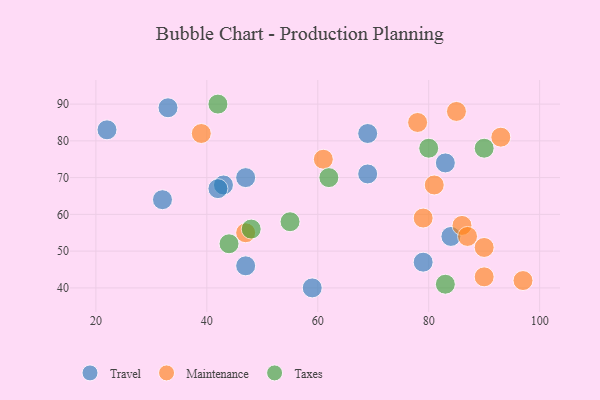
{"axis": {"x": "GDP", "y": "Life Expectancy"}, "legend": ["Maintenance", "Taxes", "Travel"], "data": [{"x": "33", "y": 89, "type": "Travel"}, {"x": "69", "y": 82, "type": "Travel"}, {"x": "43", "y": 68, "type": "Travel"}, {"x": "84", "y": 54, "type": "Travel"}, {"x": "42", "y": 67, "type": "Travel"}, {"x": "32", "y": 64, "type": "Travel"}, {"x": "79", "y": 47, "type": "Travel"}, {"x": "47", "y": 46, "type": "Travel"}, {"x": "47", "y": 70, "type": "Travel"}, {"x": "22", "y": 83, "type": "Travel"}, {"x": "83", "y": 74, "type": "Travel"}, {"x": "59", "y": 40, "type": "Travel"}, {"x": "69", "y": 71, "type": "Travel"}, {"x": "97", "y": 42, "type": "Maintenance"}, {"x": "47", "y": 55, "type": "Maintenance"}, {"x": "86", "y": 57, "type": "Maintenance"}, {"x": "81", "y": 68, "type": "Maintenance"}, {"x": "93", "y": 81, "type": "Maintenance"}, {"x": "78", "y": 85, "type": "Maintenance"}, {"x": "79", "y": 59, "type": "Maintenance"}, {"x": "90", "y": 43, "type": "Maintenance"}, {"x": "39", "y": 82, "type": "Maintenance"}, {"x": "85", "y": 88, "type": "Maintenance"}, {"x": "61", "y": 75, "type": "Maintenance"}, {"x": "87", "y": 54, "type": "Maintenance"}, {"x": "90", "y": 51, "type": "Maintenance"}, {"x": "44", "y": 52, "type": "Taxes"}, {"x": "55", "y": 58, "type": "Taxes"}, {"x": "42", "y": 90, "type": "Taxes"}, {"x": "80", "y": 78, "type": "Taxes"}, {"x": "90", "y": 78, "type": "Taxes"}, {"x": "62", "y": 70, "type": "Taxes"}, {"x": "48", "y": 56, "type": "Taxes"}, {"x": "83", "y": 41, "type": "Taxes"}]}